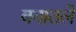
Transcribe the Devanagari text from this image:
वनातले